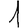
Digit: 1